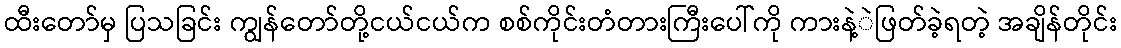
ထီးတော်မှ ပြသခြင်း ကျွန်တော်တို့ငယ်ငယ်က စစ်ကိုင်းတံတားကြီးပေါ်ကို ကားနဲ့ဲဖြတ်ခဲ့ရတဲ့ အချိန်တိုင်း